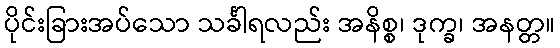
ပိုင်းခြားအပ်သော သင်္ခါရလည်း အနိစ္စ၊ ဒုက္ခ၊ အနတ္တ။